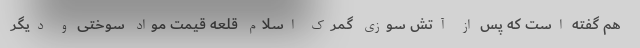
هم گفته است که پس از آتش سوزی گمرک اسلام قلعه قیمت مواد سوختی و دیگر